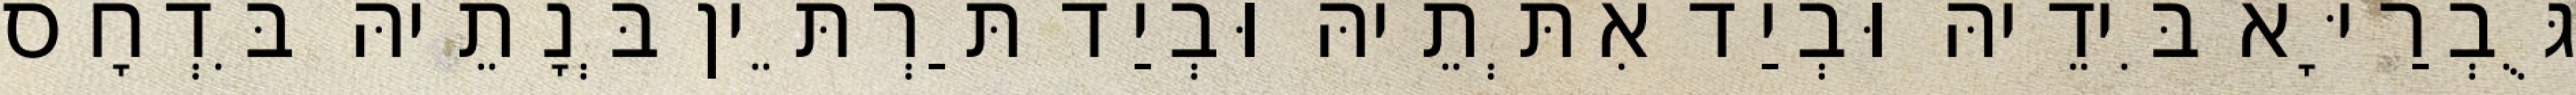
גֻּבְרַיָּא בִּידֵיהּ וּבְיַד אִתְּתֵיהּ וּבְיַד תַּרְתֵּין בְּנָתֵיהּ בִּדְחָס